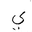
Letter: _ya